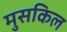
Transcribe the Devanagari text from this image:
मुसकिल